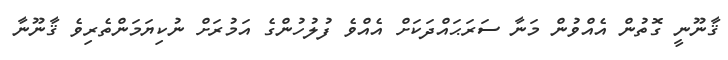
ޤާނޫނީ ގޮތުން އެއްވުން މަނާ ސަރަޙައްދަކަށް އެއްވެ ފުލުހުންގެ އަމުރަށް ނުކިޔަމަންތެރިވެ ޤާނޫނާ